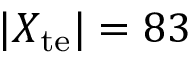
\vert X _ { \mathrm { t e } } \vert = 8 3